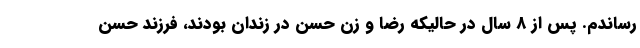
رساندم. پس از 8 سال در حالیکه رضا و زن حسن در زندان بودند، فرزند حسن